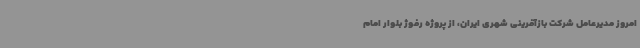
امروز مدیرعامل شرکت بازآفرینی شهری ایران، از پروژه رفوژ بلوار امام